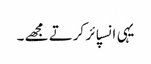
یہی انسپائر کرتے مجھے ۔